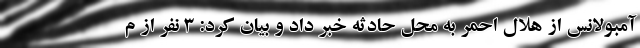
آمبولانس از هلال احمر به محل حادثه خبر داد و بیان کرد: ۳ نفر از م